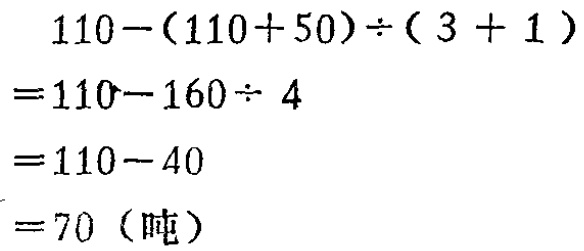
\[
\begin{align*}
&110-(110 + 50)\div(3 + 1)\\
=&110-160\div 4\\
=&110 - 40\\
=&70（吨）
\end{align*}
\]